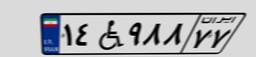
۱۲W۲۶۸۲۹